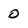
Character: o